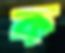
ক